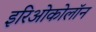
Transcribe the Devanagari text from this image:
इरिओकोलॉन